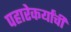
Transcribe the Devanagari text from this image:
पहारेकर्यांची